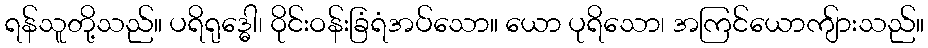
ရန်သူတို့သည်။ ပရိရုဒ္ဓေါ၊ ဝိုင်းဝန်းခြံရံအပ်သော။ ယော ပုရိသော၊ အကြင်ယောကျ်ားသည်။